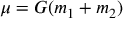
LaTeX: \mu = G ( m _ { 1 } + m _ { 2 } )